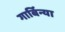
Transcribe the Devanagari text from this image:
गार्बिन्या